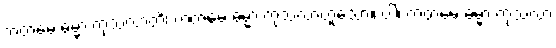
ကတမေ ဓမ္မာ ကုသလာတိ၊ ကတမေ ဓမ္မာ ကုသလာဟူသော။ ဝါ၊ ကတမေ ဓမ္မာ ကုသလာ